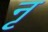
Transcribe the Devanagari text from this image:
नृ